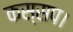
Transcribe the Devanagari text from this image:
कस्सप।